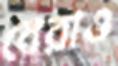
বেরাও